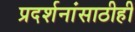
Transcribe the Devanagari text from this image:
प्रदर्शनांसाठीही